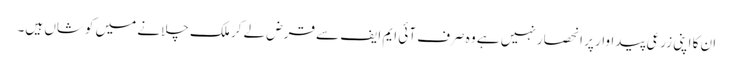
ان کا اپنی زرعی پیداوار پر انحصار نہیں ہے وہ صرف آئی ایم ایف سے قرض لے کر ملک چلانے میں کوشاں ہیں۔